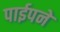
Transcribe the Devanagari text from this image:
पाईपने